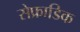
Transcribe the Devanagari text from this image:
सेफ्राडिक